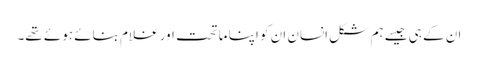
ان کے ہی جیسے ہم شکل انسان ان کو اپنا ماتحت اور غلام بنائے ہوئے تھے۔